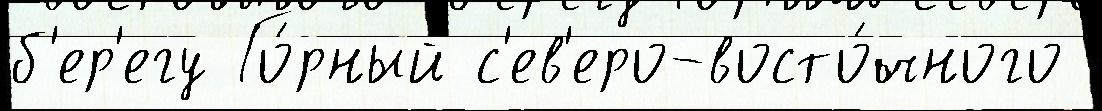
б'ер'егу Го́рный с'ев'еро-восто́чного